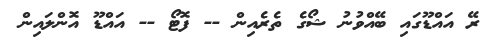
ރޭ އައްޑޫގައި ބޭއްވުނު ޝޯގެ ތެރެއިން -- ފޮޓޯ -- އައްޑޫ އޮންލައިން